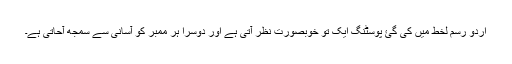
اردو رسم لخط میں کی گئ پوسٹنگ ایک تو خوبصورت نظر آتی ہے اور دوسرا ہر ممبر کو آسانی سے سمجھ آحاتی ہے۔